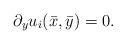
LaTeX: \begin{align*}\partial_y u_i(\bar x,\bar y)=0. \end{align*}